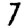
Digit: 7